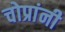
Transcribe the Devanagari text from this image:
चोप्रांनी